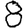
Digit: 8